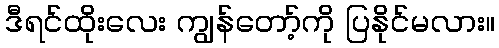
ဒီရင်ထိုးလေး ကျွန်တော့်ကို ပြနိုင်မလား။